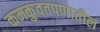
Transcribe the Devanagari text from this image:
कमकुवतपणातील